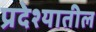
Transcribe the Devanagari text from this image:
प्रदेश्यातील